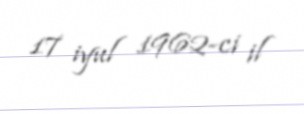
17 iyul 1962-ci il